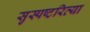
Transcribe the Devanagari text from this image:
सुस्पष्टरित्या